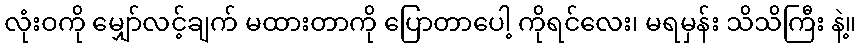
လုံးဝကို မျှော်လင့်ချက် မထားတာကို ပြောတာပေါ့ ကိုရင်လေး၊ မရမှန်း သိသိကြီး နဲ့။